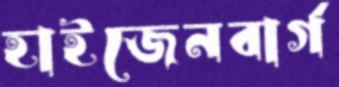
হাইজেনবার্গ